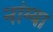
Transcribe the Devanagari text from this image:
नांग्या